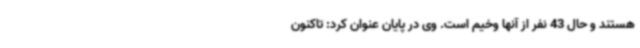
هستند و حال 43 نفر از آنها وخیم است. وی در پایان عنوان کرد: تاکنون